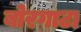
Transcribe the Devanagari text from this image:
बोरगाटा